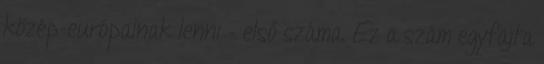
közép-európainak lenni – első száma. Ez a szám egyfajta